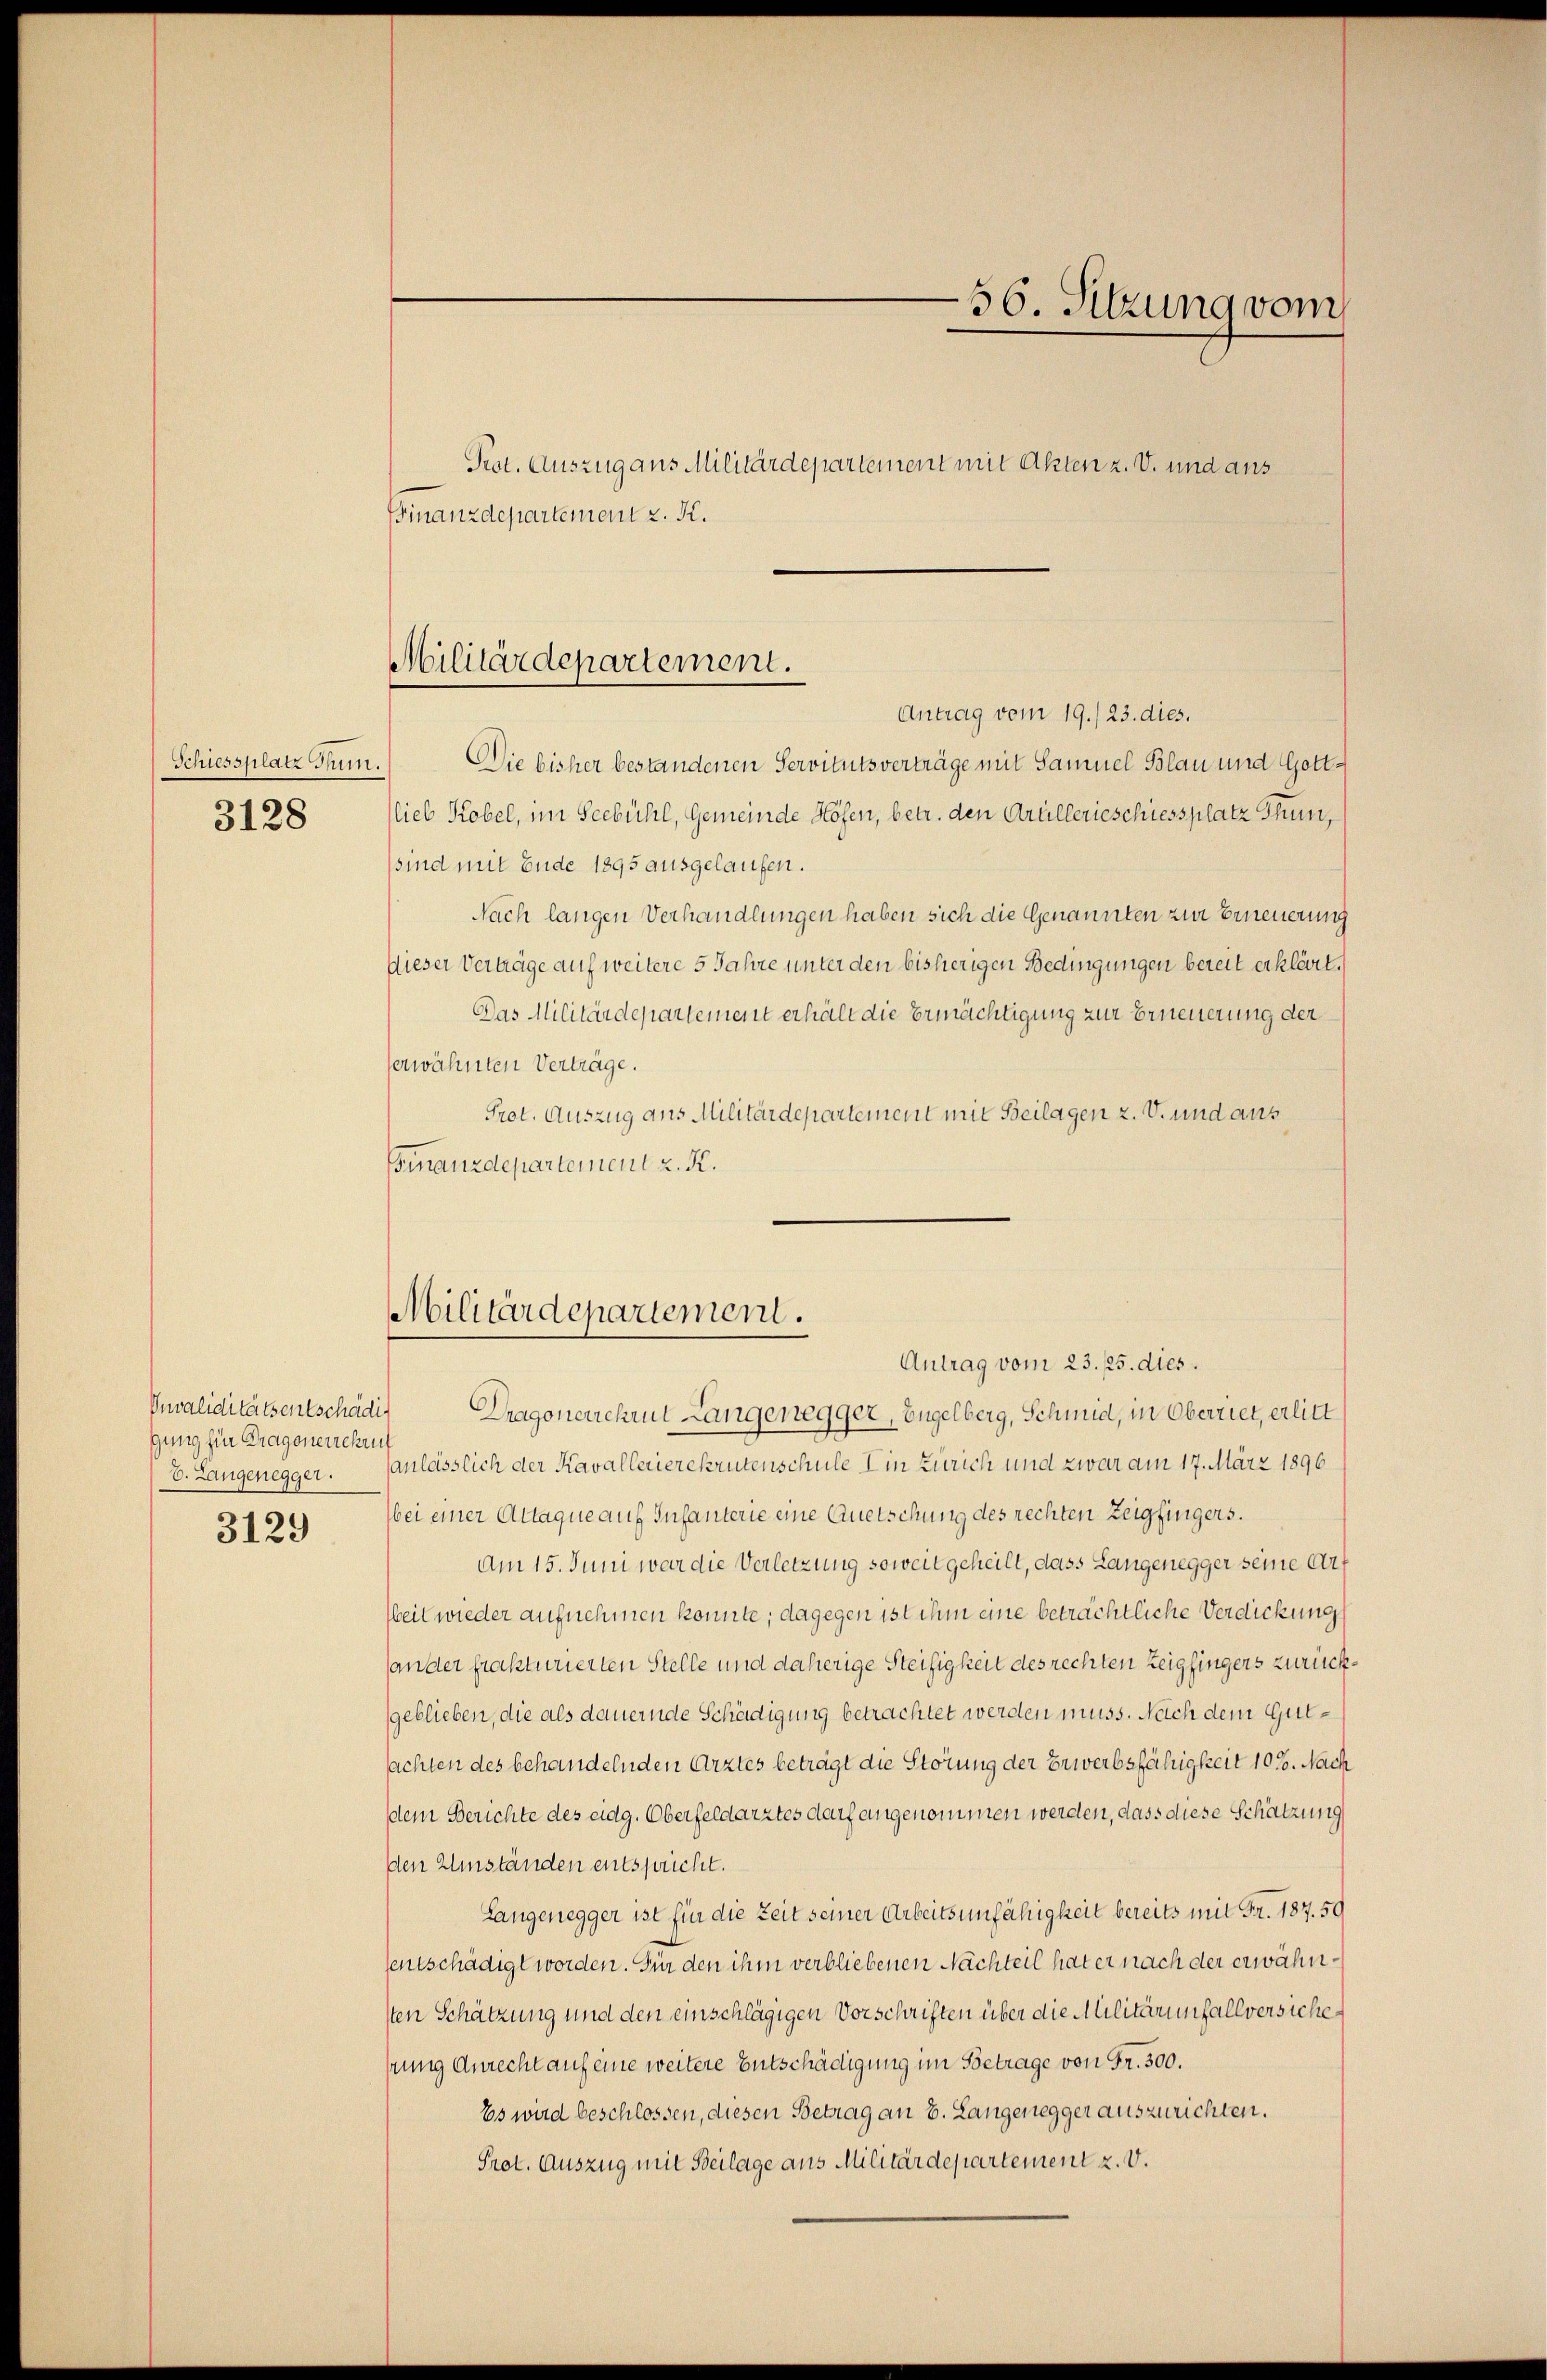
Schiessplatz Thun.
3128

Invaliditätsentschädi
gung hier Dragonerzehru
b. Langenegger.

3129

Finanzdepartement z. K.

Militärdepartement.

Antrag vom 19./23. dies.
Die bisher bestandenen Servitutsverträge mit Samuel Blau und Gott¬
Viel Kobel, im Seebühl, Gemeinde Höfen, betr. den Artillerieschiessplatz Thun,
sind mit Ende 1895 ausgelaufen.
Nach langen Verhandlungen haben sich die Genannten zur Erneuerung
Dieser Verträge auf weitere 5 Jahre unter den bisherigen Bedingungen bereit erklärt,
Das Militärdepartement erhält die Ermächtigung zur Erneuerung der
erwähnten Verträge.
Prot. Auszug aus Militärdepartement mit Beilagen z. V. und aus
Finanzdepartement z. K.

Prot. Auszug aus Militärdepartement mit Akten z. V. und aus

Militärdepartement.
Antrag vom 23. 15. dies

Dragonerchrut Langenegger, Engelberg, Schmid, in Oberriet, erlitt
anlässlich der Kavallerierekrutenschule in Zürich und zwar am 17. März 1896
Wei einer Attaque auf Infanterie eine Quetschung des rechten Zeigfingers.
Am 15. Juni war die Verletzung soweit geheilt, dass Langenegger seine Art
Weil wieder aufnehmen konnte; dagegen ist ihm eine beträchtliche Verdickung
ander frakturierten Stelle und daherige Steifigkeit des rechten Zeigfingers zurückgeblieben, die als dauernde Schädigung betrachtet werden muss. Nach dem Gutsachten des behandelnden Arztes beträgt die Störung der Erwerbsfähigkeit 10%. Nach
dem Berichte des eidg. Oberfeldarztes darf angenommen werden, dass diese Schätzung
den Umständen entspricht.
Langenegger ist für die Zeit seiner Arbeitsunfähigkeit bereits mit Fr. 187. 59
sentschädigt worden. Für den ihm verbliebenen Nachteil hat er nach der erwähnsten Schätzung und den einschlägigen Vorschriften über die Militärinfallversichehrung Anrecht auf eine weitere Entschädigung im Betrage von Fr. 300.
Es wird beschlossen, diesen Betrag an 8. Langenegger auszurichten.
Prot. Auszug mit Beilage aus Militärdepartement z. V.

56. Sitzung vom